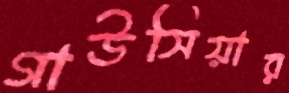
গাউসিয়ার